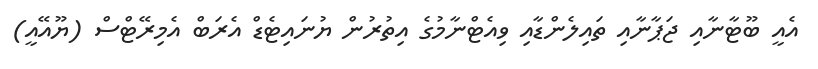
އެއީ ބޫޓާނާއި ޖަޕާނާއި ތައިލެންޑާއި ވިއެޓްނާމުގެ އިތުރުން ޔުނައިޓެޑް އެރަބް އެމިރޭޓްސް (ޔޫއޭއީ)